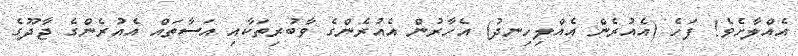
އެއްލާށެވެ! ފަހެ (އެއުރެން އެއްލިހިނދު) އެހާރުން އެއުރެންގެ ވާބުރިތަކާއި އަސާތައް އެއުރެންގެ ޖާދޫގެ